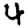
Digit: 4